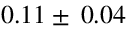
0 . 1 1 \pm \: 0 . 0 4